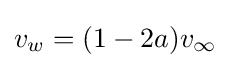
v_{w}=(1-2a)v_{\infty }